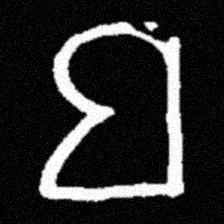
Pyu character \u2014 Myanmar letter: ဗ (romanized: ba)